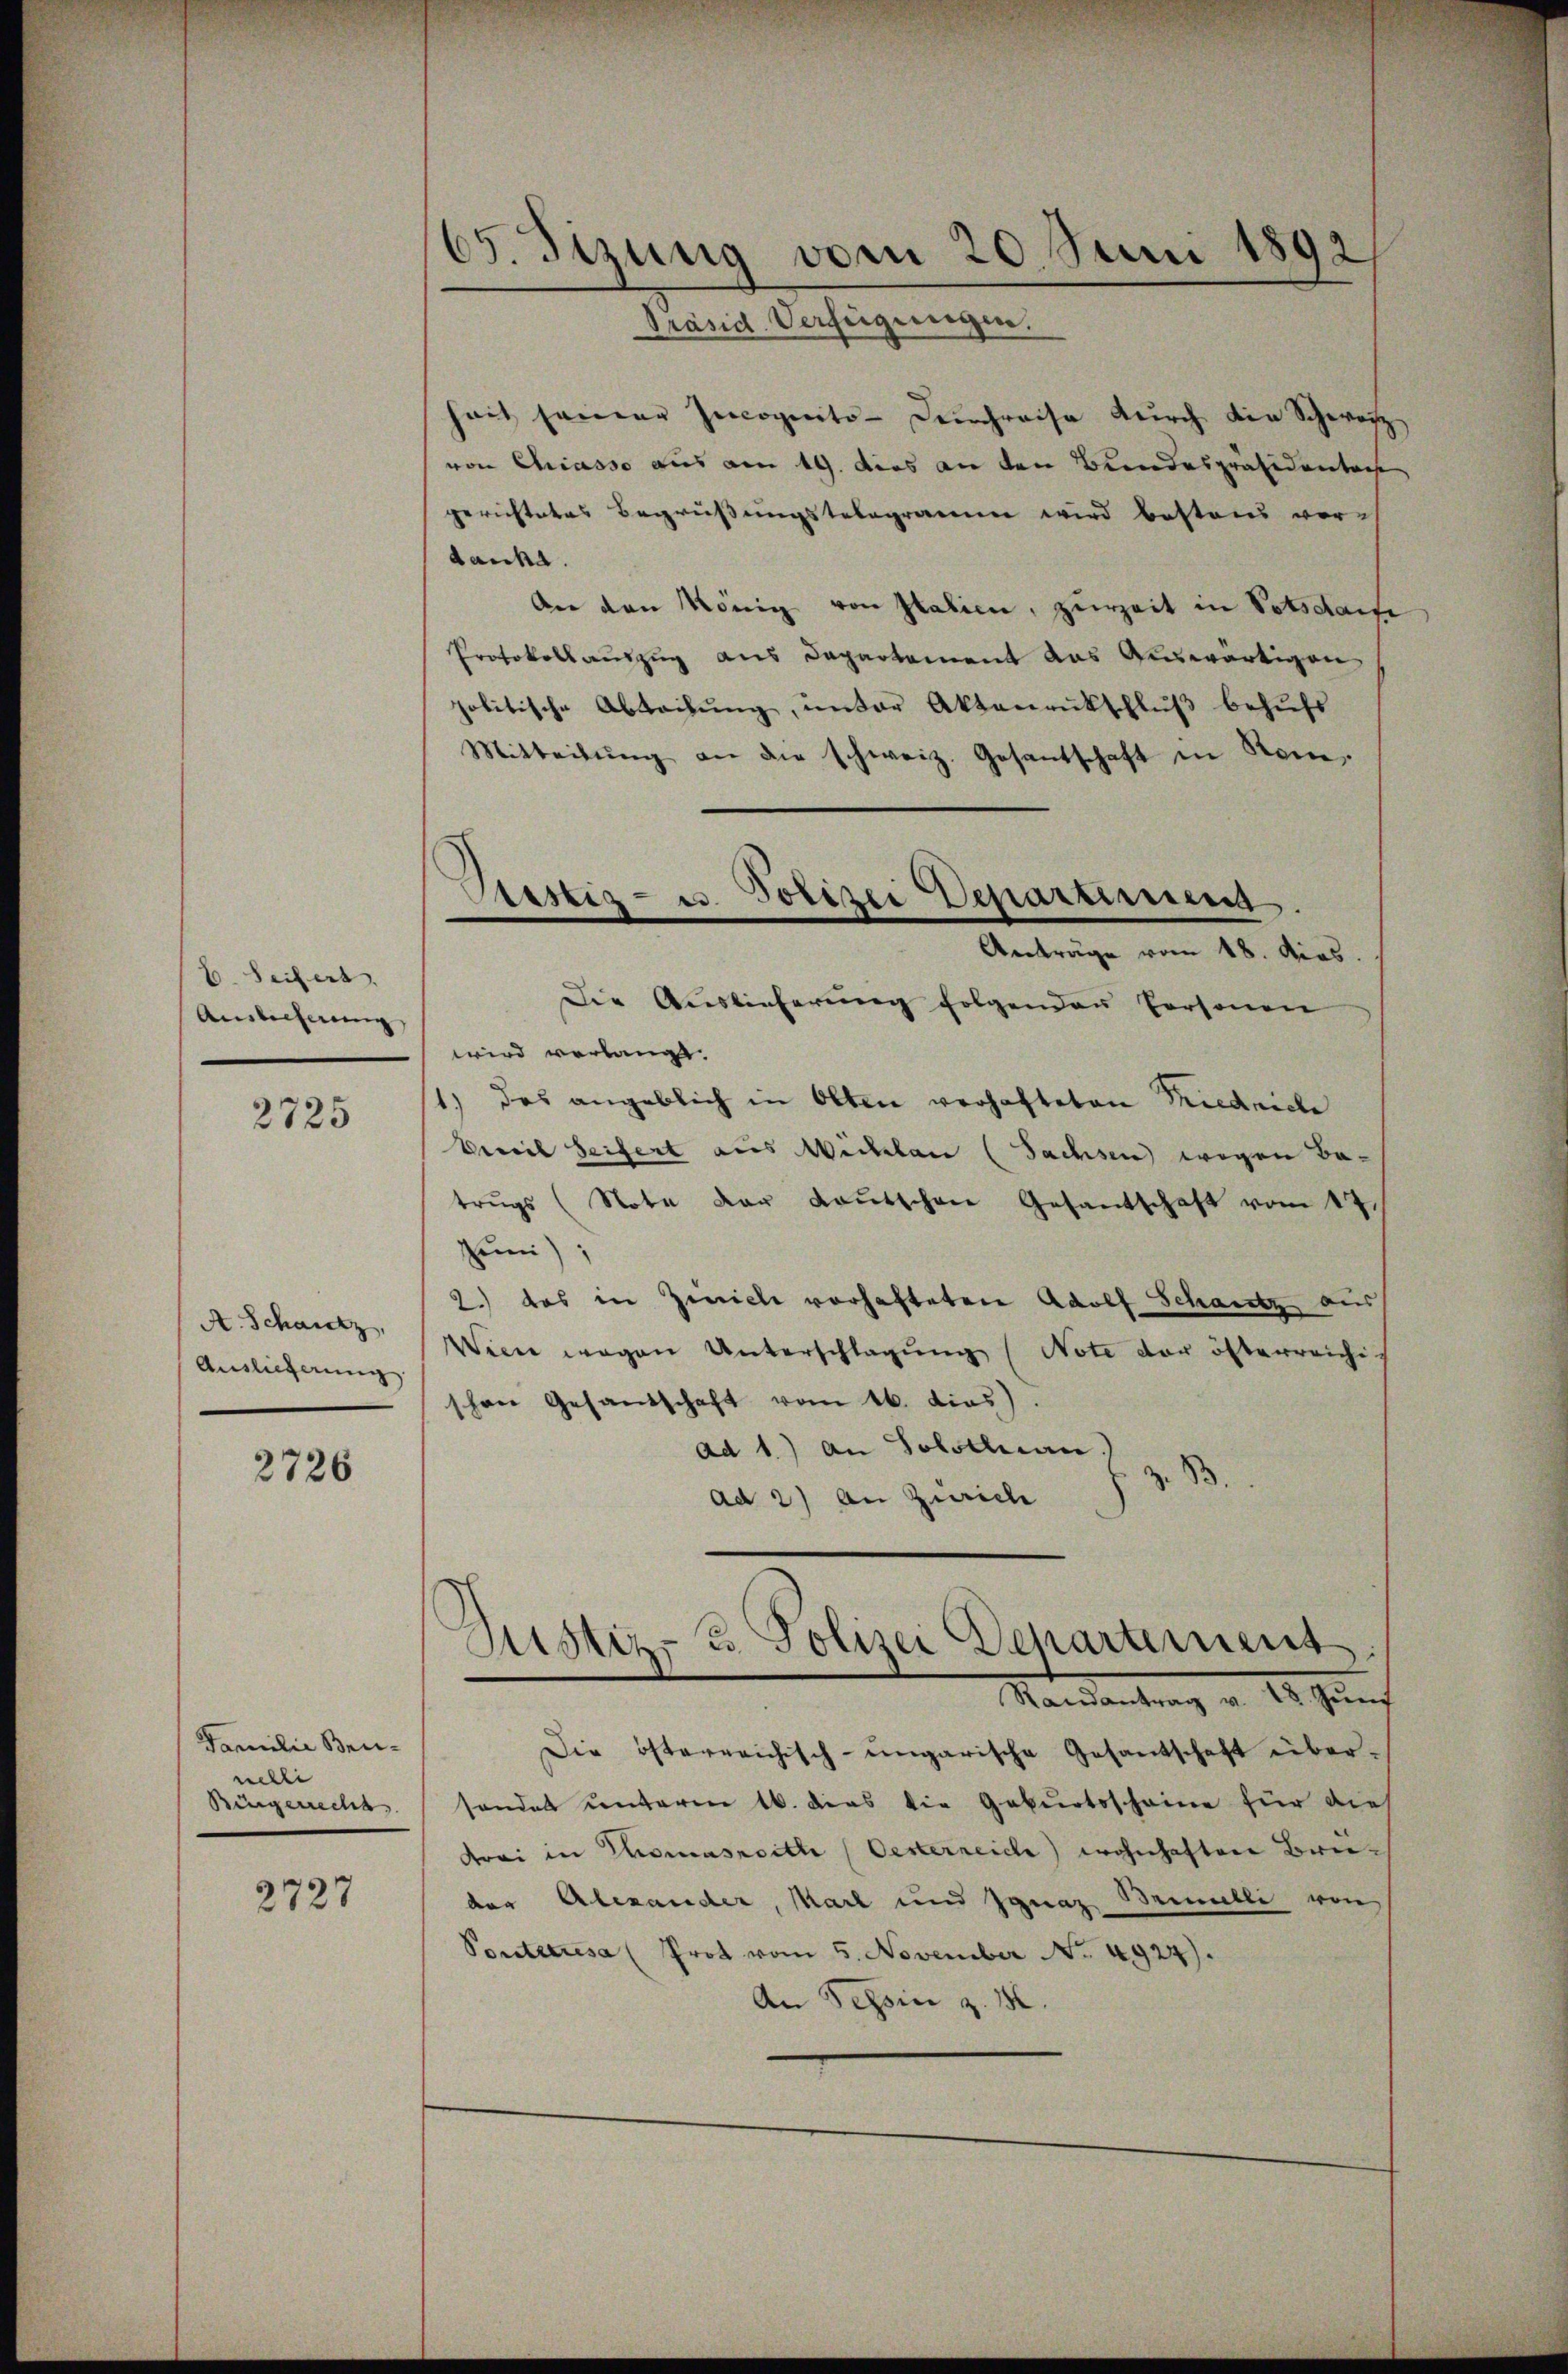
B. Seitert
Auslicherung

2725

A. Schantz,
Auslieferung

2726

Familie Brunelle
Bingerrecht

2727

65. Sizung vom 20. Juni 1892
Präsid. Verfügungen.

hait seiner Incognito-Deuchreise durch die Schweiz
von Chiasso aus am 19. dies an den Bundespräsidenta
gerichtetes Begrüßungstelegramm wird bestand vordanke.
An den König von Italien, zurzeit in Potsdarte
Protokollauszug aus Departement das Auswärtigen
politische Abteilŭng, unter Aktenrütschlŭβ behŭfs
Mitteilŭng an die schweiz. Gesantschaft in Stein,
Anträge vom 18. dies
Die Auslieferŭng folgenden Personen
wird verlangt.
1.) das angeblich in Olten verhafteten Friedriche
Vereil Seifert aus Weckbau (Sachsen wegen Batrŭgs (Note der Kautschen Gesandschaft vom 17.
Hei);
2.) das in Zeich vorhafteten Adolf Schantz aus
Wien wegen Unterschlagung (Note der österreichischon Gesandschaft vom 16. dies).
ad 1.) An Solothurn.
B.
ad 2) An Zürich
Mandantrag v. 25. Zunf
Die österreichisch-ungarische Gesandschaft über-
shandet unterm 16. dies die Geburtsscheine für die
drei in Thomasritte (Oesterreich wohnhaften Breider Alexander, Karl und Jgnaz Brinelli von
Pontieresa (Prot vom 5. November No. 4927).
An Tessin z. B.

Restig- u. Polizei Departirung

Justiz- & Polizei Departement